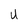
Character: U